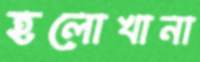
হলোখানা